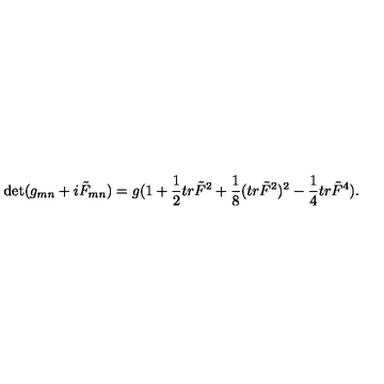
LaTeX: \det ( g _ { m n } + i \tilde { F } _ { m n } ) = g ( 1 + { \frac { 1 } { 2 } } t r \tilde { F } ^ { 2 } + { \frac { 1 } { 8 } } ( t r \tilde { F } ^ { 2 } ) ^ { 2 } - { \frac { 1 } { 4 } } t r \tilde { F } ^ { 4 } ) .